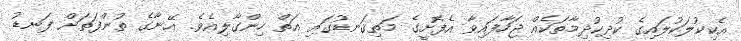
އެކިކުލަކުލައިގެ ކުދިކުދިމާތަކެއް ޖަހާފައިވާ އެފޮށީގެ މަތިގަނޑުގައި އަތް ހިންގާލިއެވެ. އޭނާގެ ތުންފަތަށް ފަނޑު